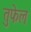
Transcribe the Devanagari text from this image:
तुफेल